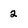
Character: 2